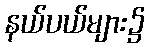
နယ်ပယ်များ၌